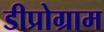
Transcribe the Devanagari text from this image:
डीप्रोग्राम